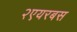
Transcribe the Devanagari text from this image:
२एयरबस